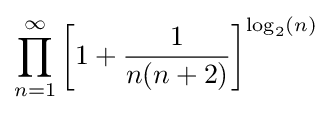
\prod _{n=1}^{\infty }\left[{1+{1 \over n(n+2)}}\right]^{\log _{2}(n)}